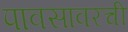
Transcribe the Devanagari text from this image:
पावसावरची